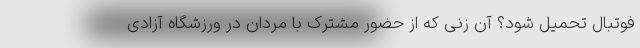
فوتبال تحمیل شود؟ آن زنی که از حضور مشترک با مردان در ورزشگاه آزادی